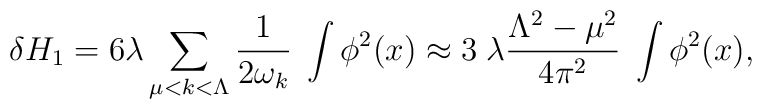
\delta H_1=6\lambda \sum_{\mu<k<\Lambda}{1\over 2\omega_k}\; \int\phi^2(x) \approx 3\;\lambda \frac{\Lambda^2 - \mu^2}{4 \pi^2}\;\int \phi^2(x),